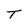
Character: T